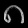
Digit: ၈